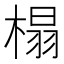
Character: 榻